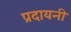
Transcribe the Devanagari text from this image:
प्रदायनी